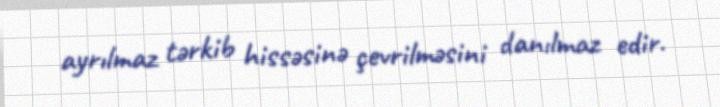
ayrılmaz tərkib hissəsinə çevrilməsini danılmaz edir.